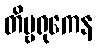
တိမ္ဗရုကေန